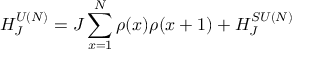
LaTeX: H _ { J } ^ { U ( { \cal N } ) } = J \sum _ { x = 1 } ^ { N } \rho ( x ) \rho ( x + 1 ) + H _ { J } ^ { S U ( { \cal N } ) }